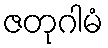
ဇတုဂါမံ